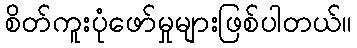
စိတ်ကူးပုံဖော်မှုများဖြစ်ပါတယ်။